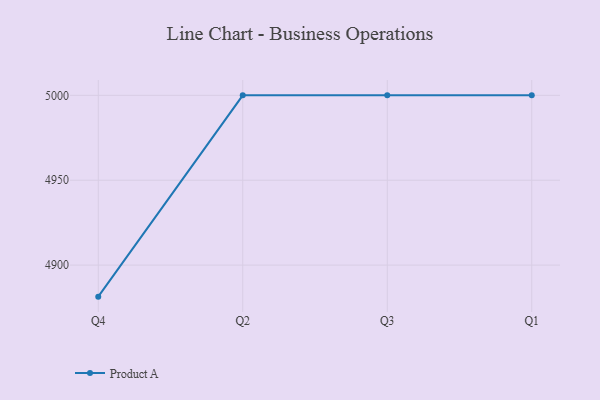
{"axis": {"x": "Quarter", "y": "Backlog"}, "legend": ["Product A"], "data": [{"x": "Q4", "y": 4881.4, "type": "Product A"}, {"x": "Q2", "y": 5000, "type": "Product A"}, {"x": "Q3", "y": 5000, "type": "Product A"}, {"x": "Q1", "y": 5000, "type": "Product A"}]}